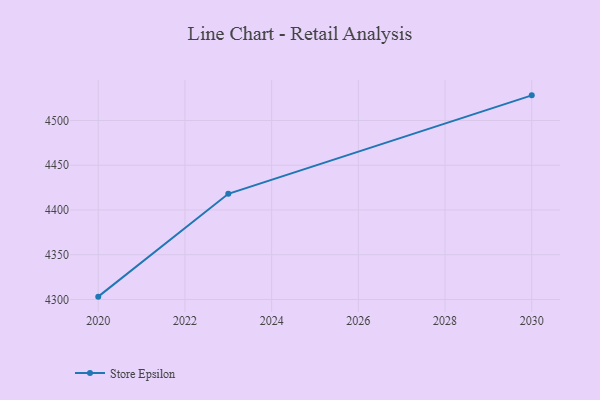
{"axis": {"x": "Year", "y": "Backlog"}, "legend": ["Store Epsilon"], "data": [{"x": "2020", "y": 4303.2, "type": "Store Epsilon"}, {"x": "2023", "y": 4418.1, "type": "Store Epsilon"}, {"x": "2030", "y": 4528.1, "type": "Store Epsilon"}]}